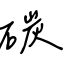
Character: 碳